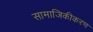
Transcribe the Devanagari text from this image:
सामाजिकीकरण